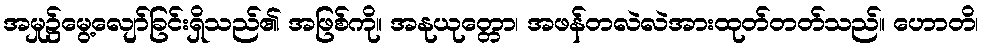
အမှု၌မွေ့လျော်ခြင်းရှိသည်၏ အဖြစ်ကို။ အနုယုတ္တော၊ အဖန်တလဲလဲအားထုတ်တတ်သည်။ ဟောတိ၊